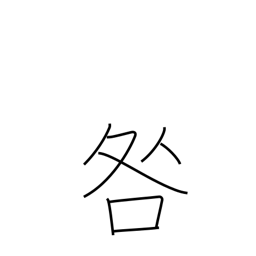
Meaning: reprimand